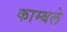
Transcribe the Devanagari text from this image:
काम्बले